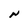
Character: N